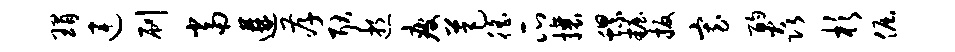
瑁连刷当遘孝耿逝疲芭徭瓜攘螺妆扳寡酌焱杉倔